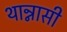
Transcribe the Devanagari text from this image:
थान्नासी